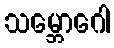
သမ္ဘောဂေါ